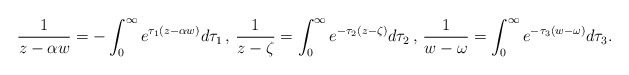
\begin{align*}\frac 1{z-\alpha w}=-\int_0^\infty e^{\tau_1(z-\alpha w)}d\tau_1\,,\,\frac 1{z-\zeta}=\int_0^\infty e^{-\tau_2(z-\zeta)}d\tau_2\,,\,\frac 1{w-\omega}=\int_0^\infty e^{-\tau_3(w-\omega)}d\tau_3.\end{align*}